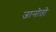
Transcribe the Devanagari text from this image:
जानोतो